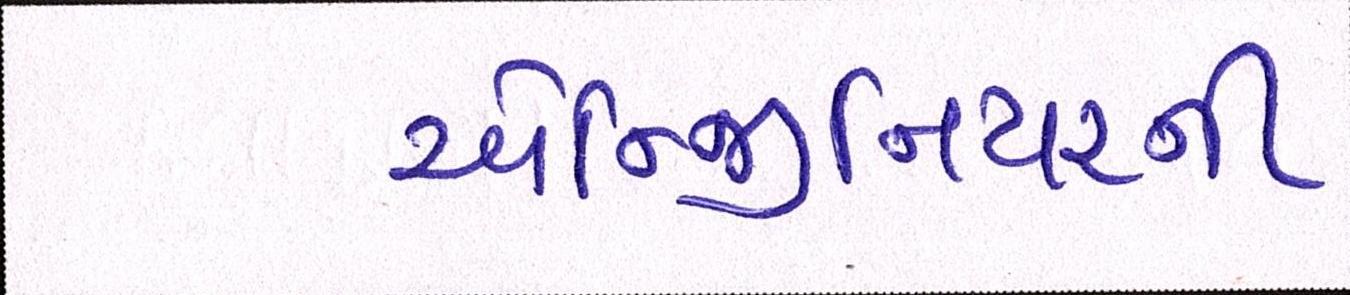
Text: એન્જિનિયરની